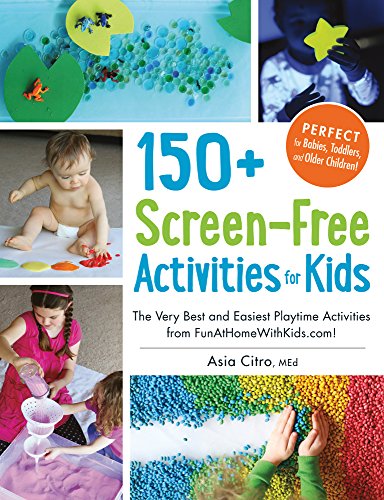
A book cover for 150+ Screen-Free Activities for Kids: The Very Best and Easiest Playtime Activities from FunAtHomeWithKids.com!; Asia Citro; Parenting & Relationships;